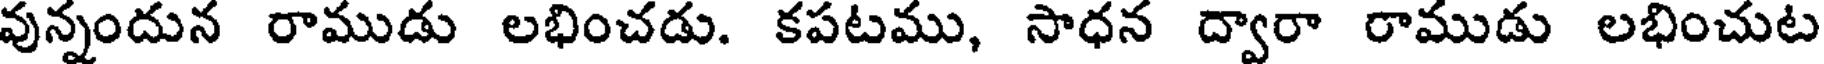
వున్నందున రాముడు లభించడు. కపటము, సాధన ద్వారా రాముడు లభించుట